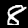
Digit: 8